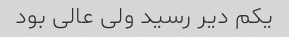
یکم دیر رسید ولی عالی بود